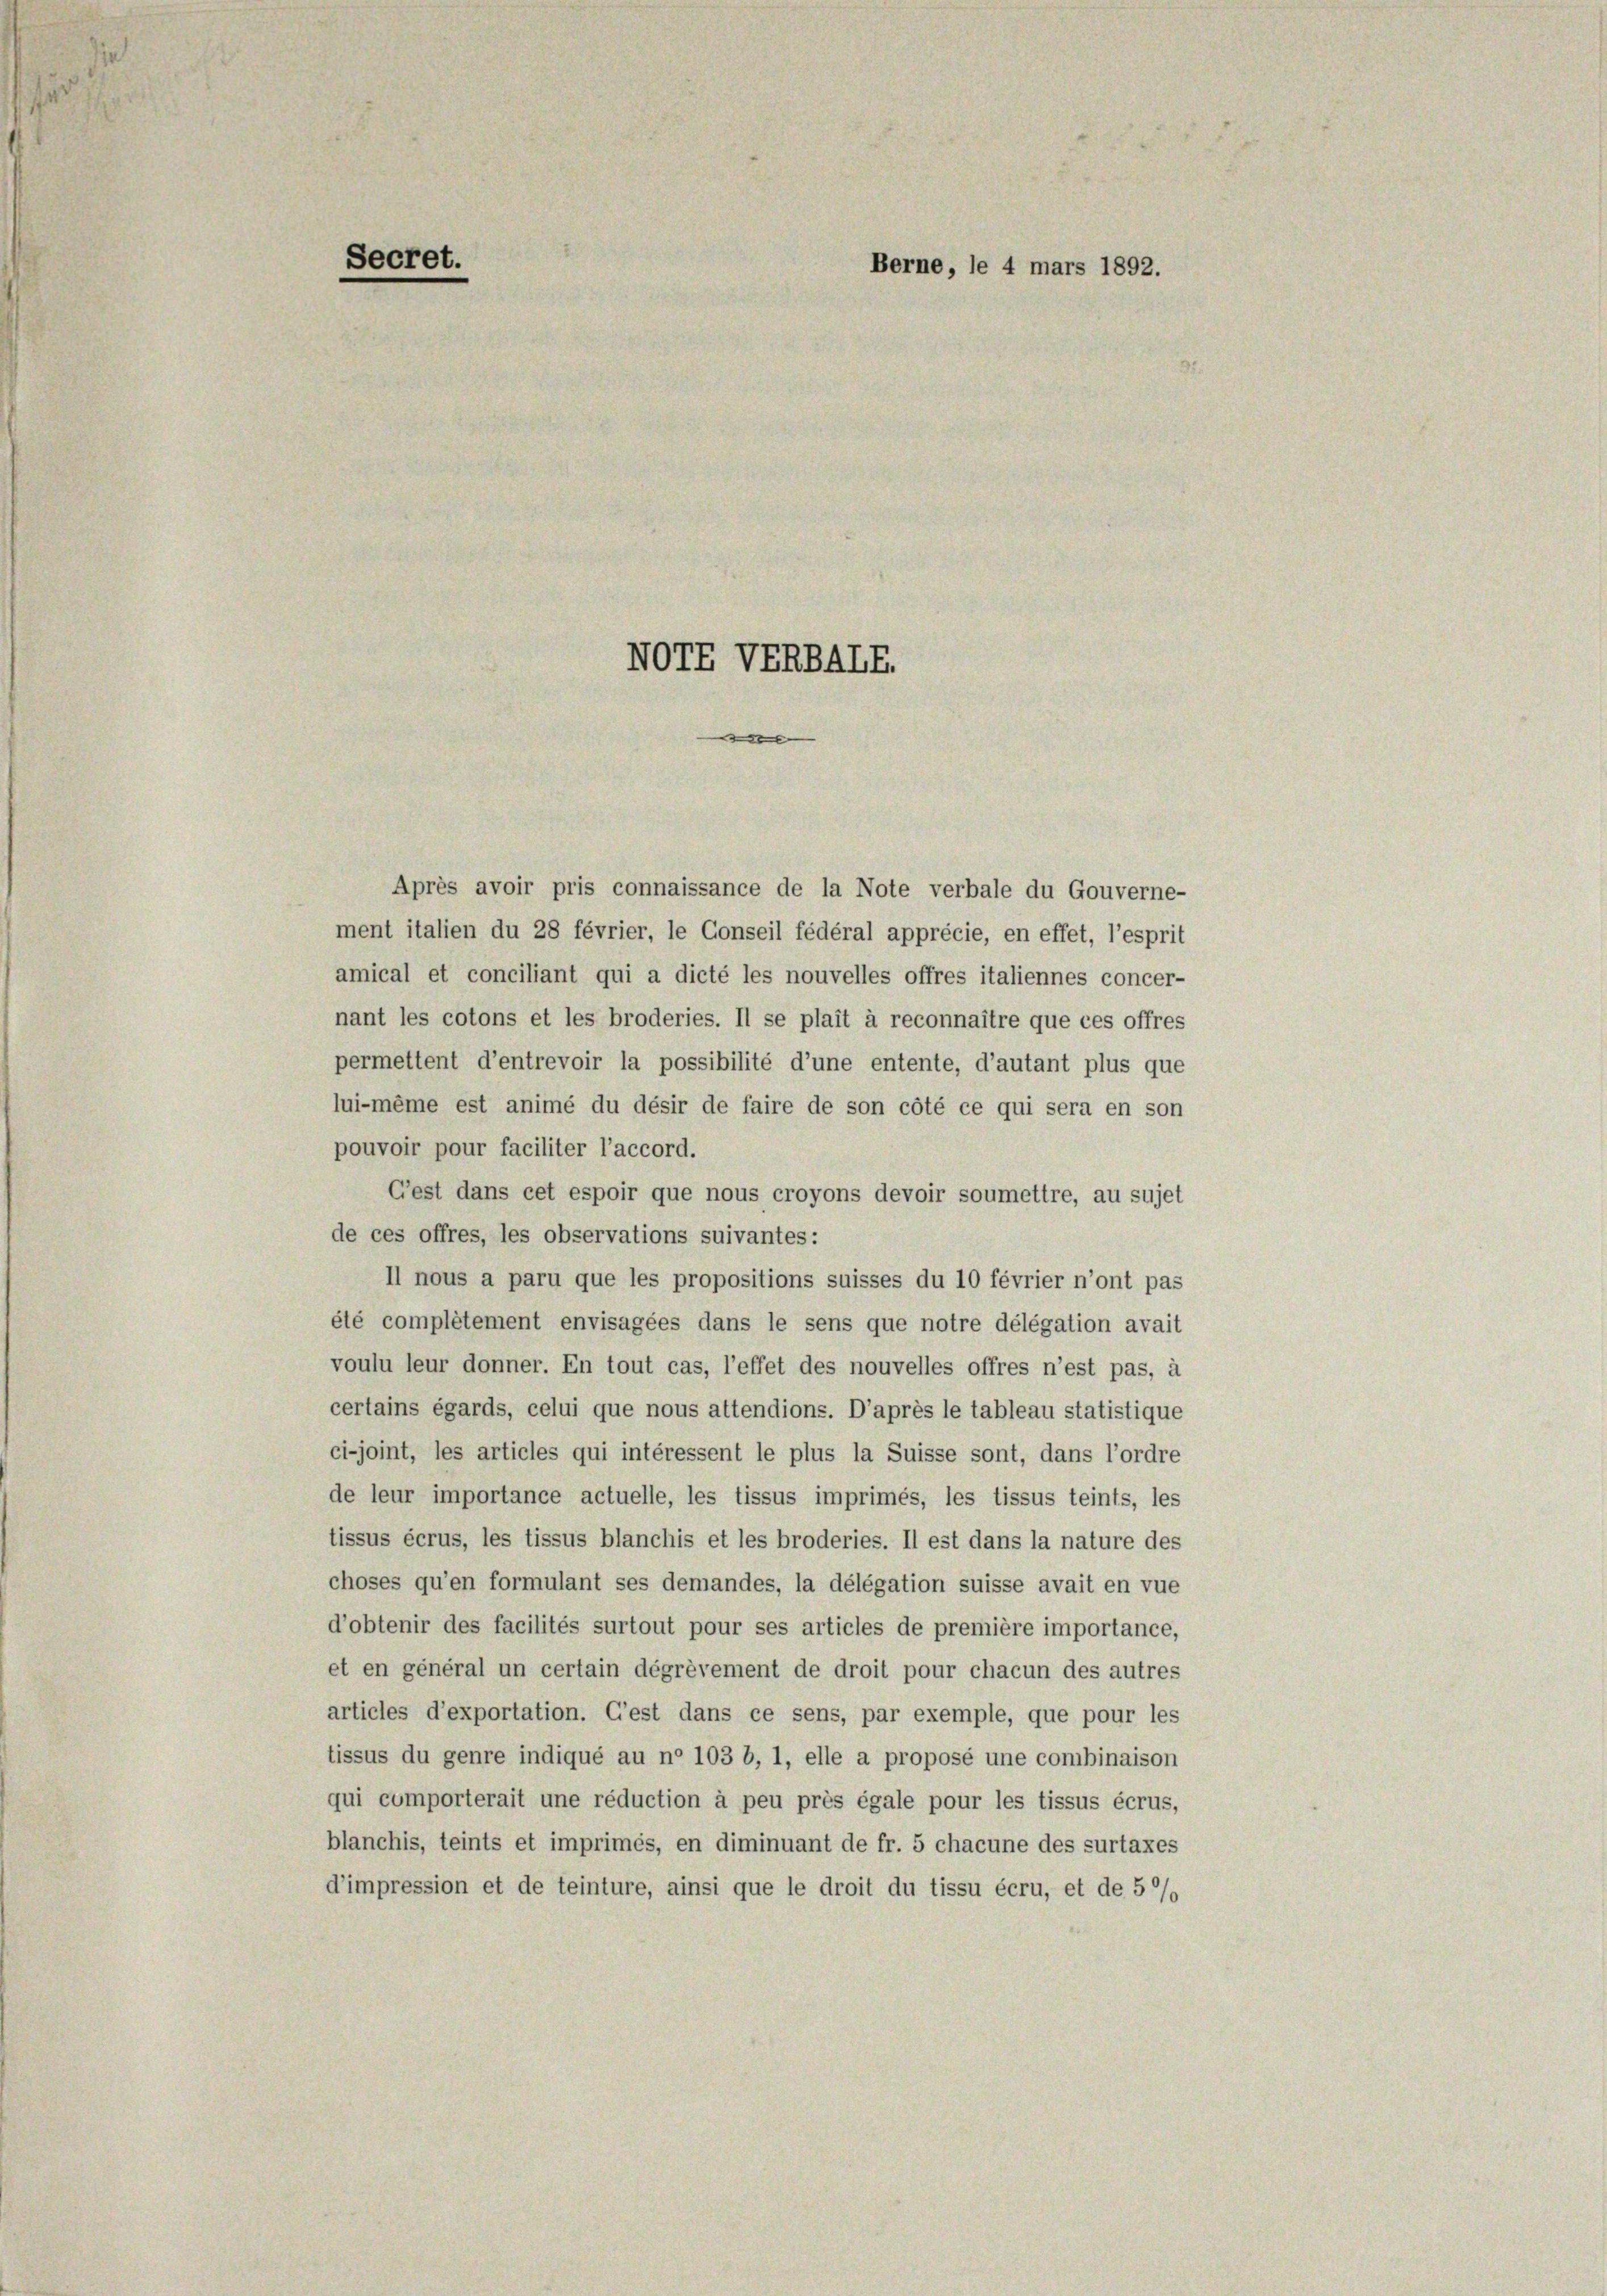
Secret.

NOTE VERBALE.

Berne, le 4 mars 1892.

Après avoir pris connaissance de la Note verbale du Gouverne-
ment italien du 28 février, le Conseil fédéral apprécie, en effet, l’esprit
amical et conciliant qui a dicté les nouvelles offres italiennes concer-
nant les cotons et les broderies. Il se plait à reconnaître que ces offres
permettent d’entrevoir la possibilité d’une entente, d’autant plus que
lui-même est animé du désir de faire de son côté ce qui sera en son
pouvoir pour faciliter l’accord.
C’est dans cet espoir que nous croyons devoir soumettre, au sujet
de ces offres, les observations suivantes:
II nous a paru que les propositions suisses du 10 février n’ont pas
été complétement envisagées dans le sens que notre délégation avait
voulu leur donner. En tout cas, l’effet des nouvelles offres n’est pas, à
certains égards, celui que nous attendions. D’après le tableau statistique
ci-joint, les articles qui intéressent le plus la Suisse sont, dans l’ordre
de leur importance actuelle, les tissus imprimés, les tissus teints, les
tissus écrus, les tissus blanchis et les broderies. Il est dans la nature des
choses qu’en formulant ses demandes, la délégation suisse avait en vue
d’obtenir des facilités surtout pour ses articles de première importance,
et en general un certain dégrèvement de droit pour chacun des autres
articles d’exportation. C’est dans ce sens, par exemple, que pour les
tissus du genre indiqué au ne 103 b, 1, elle a proposé une combinaison
qui comporterait une réduction à peu près égale pour les tissus écrus,
blanchis, teints et imprimés, en diminuant de fr. 5 chacune des surtaxes
d’impression et de teinture, ainsi que le droit du tissu écru, et de 5 %